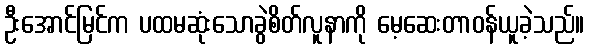
ဦးအောင်မြင်က ပထမဆုံးသောခွဲစိတ်လူနာကို မေ့ဆေးတာဝန်ယူခဲ့သည်။